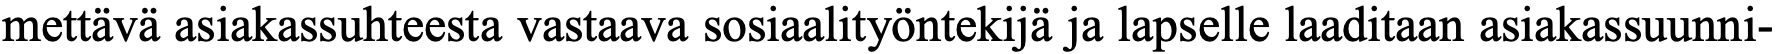
mettävä asiakassuhteesta vastaava sosiaalityöntekijä ja lapselle laaditaan asiakassuunni-